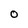
Character: O